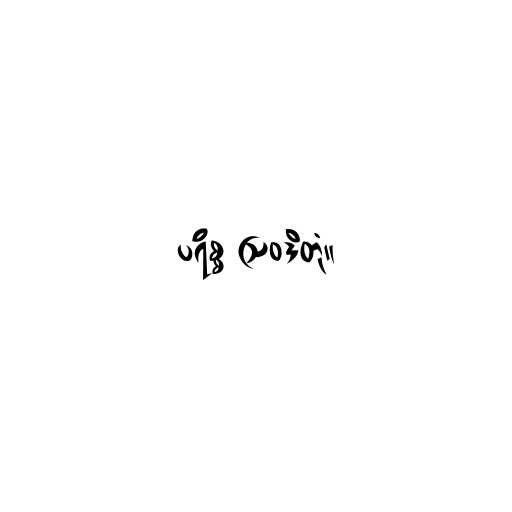
ပရိစ္စ ဩဝဒိတုံ။